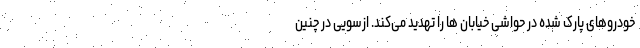
خودروهای پارک شده در حواشی خیابان ها را تهدید می‌کند. ازسویی در چنین